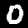
Label: 0